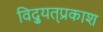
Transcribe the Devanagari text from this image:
विद्युत्‌प्रकाश